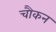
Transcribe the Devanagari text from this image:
चौकन